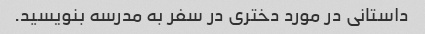
داستانی در مورد دختری در سفر به مدرسه بنویسید.